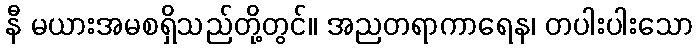
နီ မယားအမစရှိသည်တို့တွင်။ အညတရာကာရေန၊ တပါးပါးသော